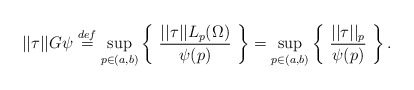
\begin{align*} ||\tau||G\psi \stackrel{def}{=} \sup_{p \in (a,b)} \left\{ \ \frac{||\tau||L_p(\Omega)}{\psi(p)} \ \right\} = \sup_{p \in (a,b)} \left\{ \ \frac{||\tau||_p}{\psi(p)} \ \right\}.\end{align*}